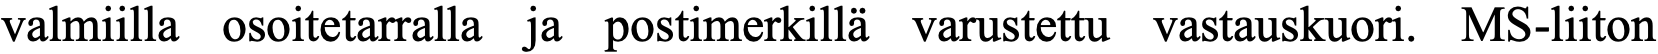
valmiilla osoitetarralla ja postimerkillä varustettu vastauskuori. MS-liiton